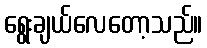
ရွေးချယ်လေတော့သည်။